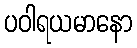
ပဝါရယမာနော